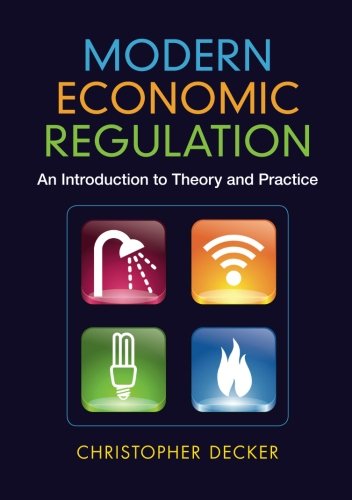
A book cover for Modern Economic Regulation: An Introduction to Theory and Practice; Dr Christopher Decker; Law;